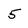
Character: 5